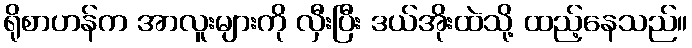
ရိုစာဟန်က အာလူးများကို လှီးပြီး ဒယ်အိုးထဲသို့ ထည့်နေသည်။